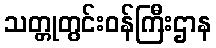
သတ္တုတွင်းဝန်ကြီးဌာန